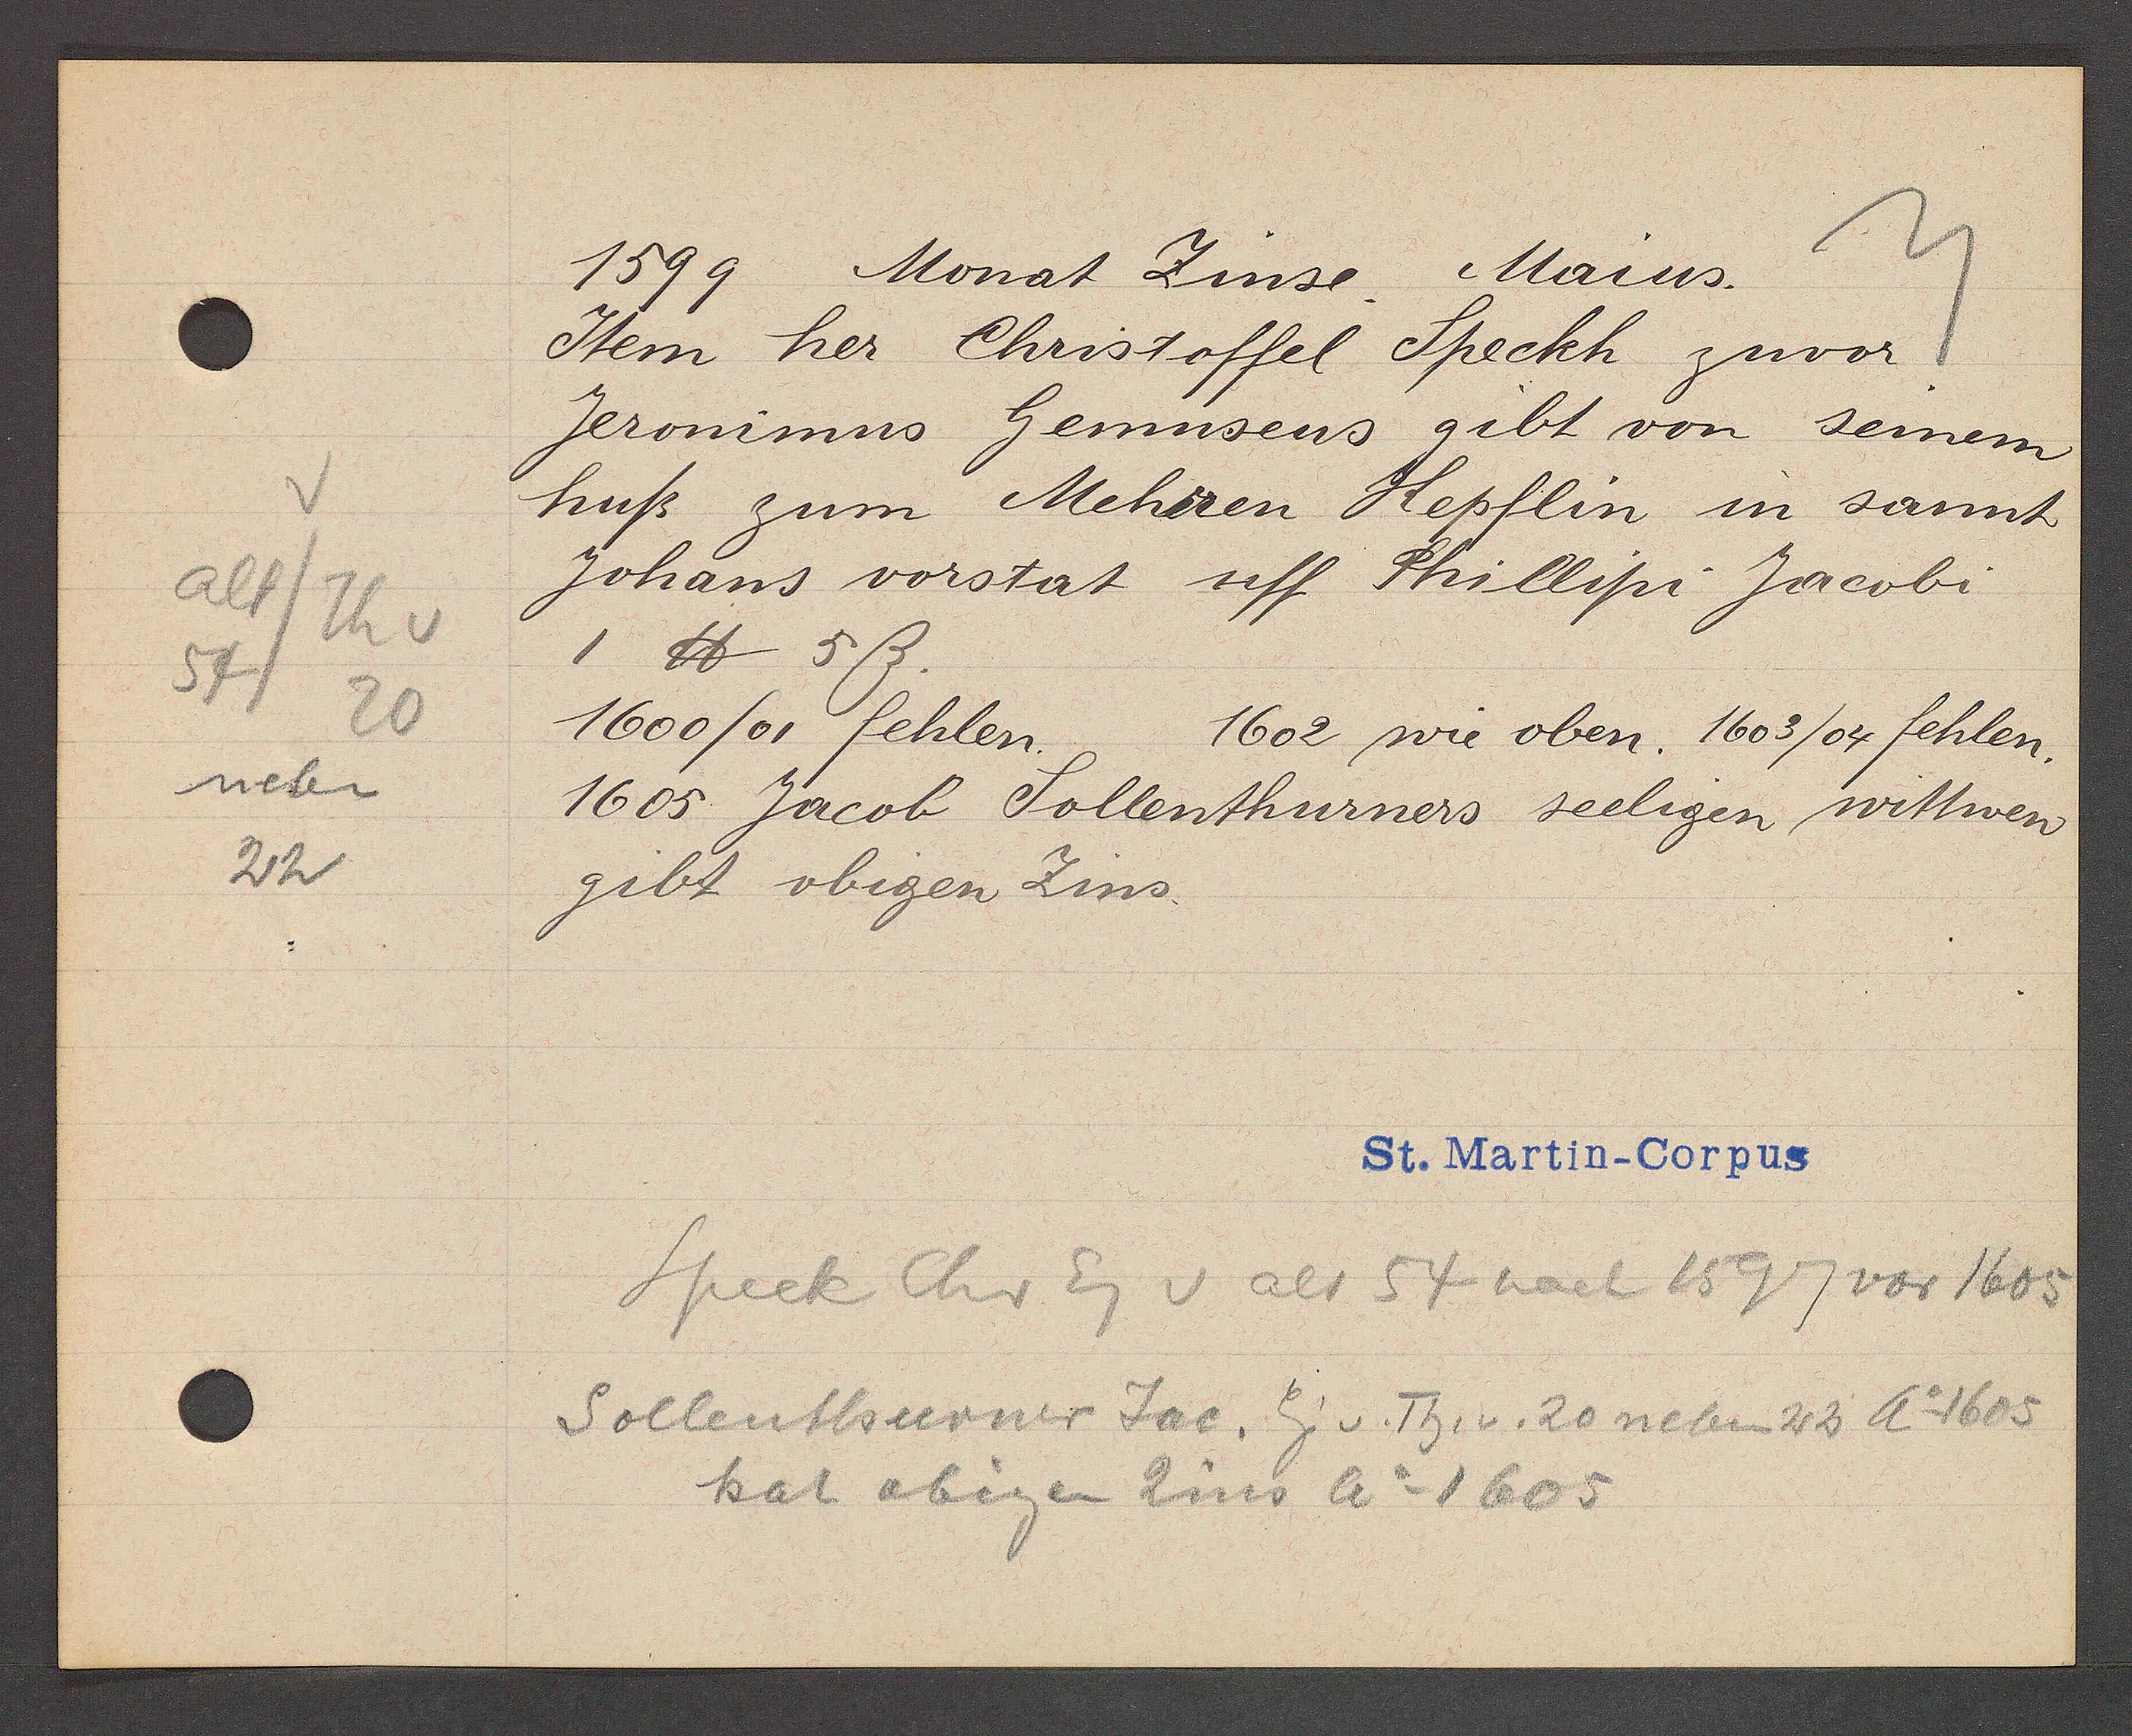
Transcript:
alt/Th v
54
neben
22
20

1599 Monat Zinse. Maius.

Item her Christoffel Speckh zuvor
Jeronimus Gemusens gibt von seinem
huß zum Meheren Hepflin in sannt
Johans vorstat uff Phillipi Jacobi
1 ℔- 5ß
1600/01 fehlen.
1605 Jacob Sollenthurners seeligen wittwen
gibt obigen Zins.
1602 wie oben. 1603 /04 fehlen.

St. Martin- Corpus

Sollenthurner Jac. Eig v. Th. v. 20 neben 23 Ao 1605
Speck Chr Eg v alt 54 nach 1597 vor 1605
hat obigen Zins Ao 1605